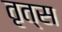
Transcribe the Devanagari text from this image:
तृत्स